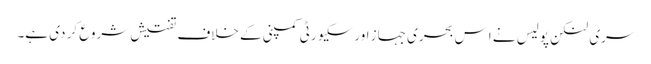
سری لنکن پولیس نے اِس بحری جہاز اور سکیورٹی کمپنی کے خلاف تفتیش شروع کر دی ہے۔